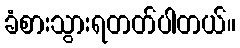
ခံစားသွားရတတ်ပါတယ်။